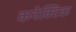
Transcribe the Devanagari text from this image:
कनेक्टिक